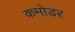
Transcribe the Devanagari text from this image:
कमोडर